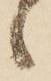
ヽ